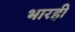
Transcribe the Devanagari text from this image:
भारही